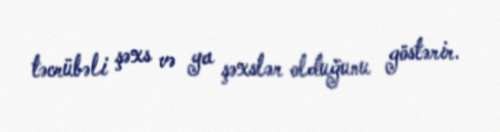
təcrübəli şəxs və ya şəxslər olduğunu göstərir.